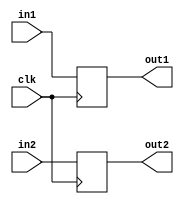
module dflipflop12(out1,out2,in1,in2,clk);
input [31:0]in1,in2;
input clk;
output reg [31:0]out1,out2;
always@(posedge clk)
begin
out1<=in1;
out2<=in2;
end
endmodule